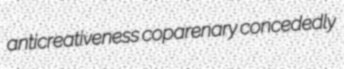
anticreativeness coparenary concededly